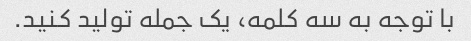
با توجه به سه کلمه، یک جمله تولید کنید.